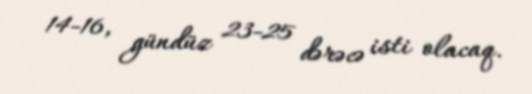
14-16, gündüz 23-25 dərəcə isti olacaq.